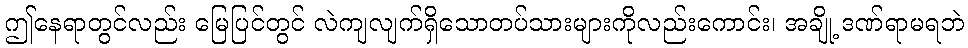
ဤနေရာတွင်လည်း မြေပြင်တွင် လဲကျလျက်ရှိသောတပ်သားများကိုလည်းကောင်း၊ အချို့ ဒဏ်ရာမရဘဲ